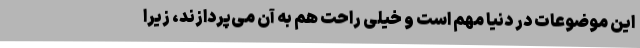
این موضوعات در دنیا مهم است و خیلی راحت هم به آن می‌پردازند، زیرا